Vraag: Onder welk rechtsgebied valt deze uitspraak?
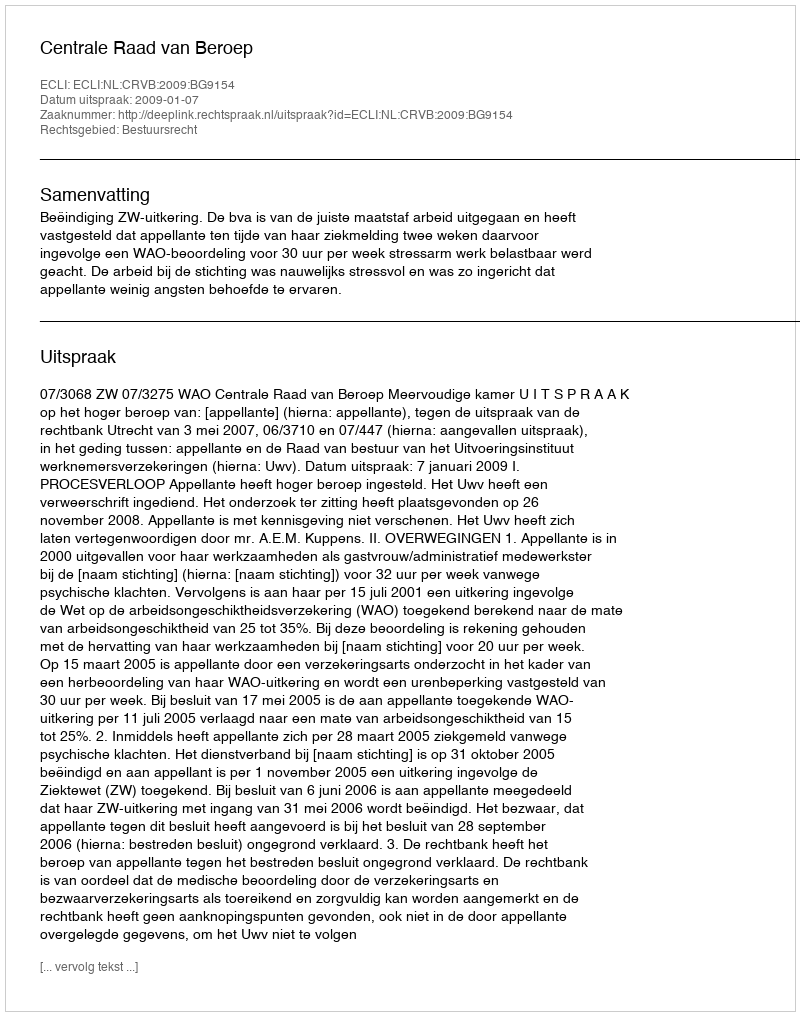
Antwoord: Bestuursrecht